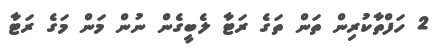
2 ހަފްތާކުރިން ތަން ތަގެ ރަޓާ ލެބީގެން ނުން މަން މަގެ ރަޓާ